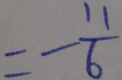
= - \frac { 1 1 } { 6 }